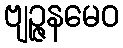
ဗျဉ္ဇနမေဝ